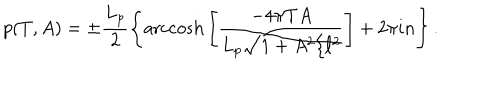
p ( T , A ) = \pm \frac { L _ { p } } { 2 } \left\{ \mathrm { a r c c o s h } \left[ \frac { - 4 \pi T A } { L _ { p } \sqrt { 1 + A ^ { 2 } / \ell ^ { 2 } } } \right] + 2 \pi i n \right\} .